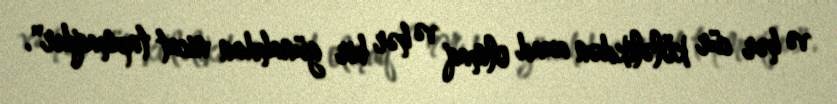
və hər cür köləlikdən azad olmaq və hər bir günahdan nicat tapmaqdır".